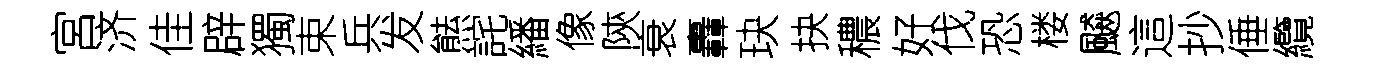
宮济佳辟獨束兵发㷱詫繙像陝衰轟玦抉穠好伐恐楼飇這抄倕纜